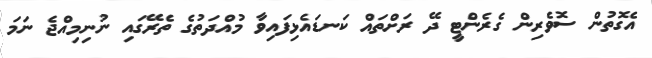
އެގޮތުން ސޮވެރިން ގެރެންޓީ ދޭ ރަށްތައް ކަނޑައެޅިފައިވާ މުއްދަތުގެ ތެރޭގައި ނުނިމިއްޖެ ނަމަ